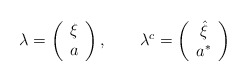
\begin{align*}\lambda = \left( \begin{array}{c} \xi \\ a \end{array} \right) ,~~~~~~ \lambda^{c} = \left( \begin{array}{c} \hat{\xi} \\ a^{*} \end{array} \right)\end{align*}